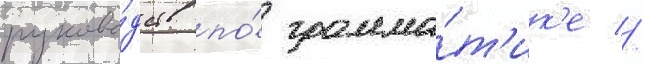
руково́дств по́ грамма́т'ик'е //